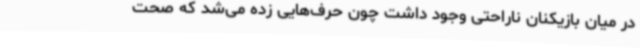
در میان بازیکنان ناراحتی وجود داشت چون حرف‌هایی زده می‌شد که صحت